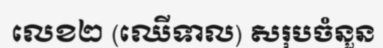
លេខ២ (ឈើទាល) សរុបចំនួន